Civil Veterinary Department. United Provinces 1912-22 - 1912-1922
Year: 1912
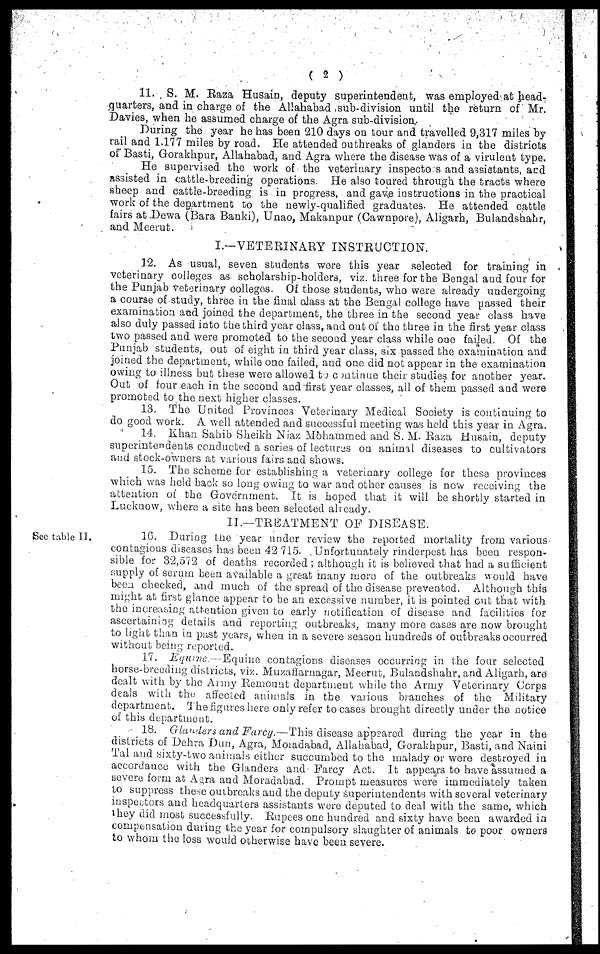
(2)
11. S. M. Baza Husain, deputy superintendent, was employed at head-
quarters, and in charge of the Allahabad sub-division until the return of Mr.
Davies, when he assumed charge of the Agra sub-division.
During the year he has been 210 days on tour and travelled 9,317 miles by
rail and 1,177 miles by road. He attended outbreaks of glanders in the districts
of Basti, Gorakhpur, Allahabad, and Agra where the disease was of a virulent type.
He supervised the work of the veterinary inspecto s and assistants, and
assisted in cattle-breeding operations. He also toured through the tracts where
sheep and cattle-breeding is in progress, and gave instructions in the practical
work of the department to the newly-qualified graduates. He attended cattle
fairs at Dewa (Bara Banki), Unao, Makanpur (Cawnpore), Aligarh, Bulandshahr,
and Meerut.
I.—VETERINARY INSTRUCTION.
12. As usual, seven students were this year selected for training in
veterinary colleges as scholarship-holders, viz. three for the Bengal and four for
the Punjab veterinary colleges. Of those students, who were already undergoing
a course of study, three in the final class at the Bengal college have passed their
examination and joined the department, the three in the second year class have
also duly passed into the third year class, and out of the three in the first year class
two passed and were promoted to the second year class while one failed. Of the
Punjab students, out of eight in third year class, six passed the examination and
joined the department, while one failed, and one did not appear in the examination
owing to illness but these were allowed to continue their studies for another year.
Out of four each in the second and first year classes, ail of them passed and were
promoted to the next higher classes.
13. The United Provinces Veterinary Medical Society is continuing to
do good work. A well attended and successful meeting was held this year in Agra.
14. Khan Sahib Sheikh Niaz Mohammed and S. M. Raza Husain, deputy
superintendents conducted a series of lectures on animal diseases to cultivators
and stock-owners at various fairs and shows.
15. The scheme for establishing a veterinary college for these provinces
which was held back so long owing to war and other causes is now receiving the
attention of the Government. It is hoped that it will be shortly started in
Lucknow, where a site has been selected already.
II.—TREATMENT OF DISEASE.
See table II.
16. During the year under review the reported mortality from various
contagious diseases has been 42.715. Unfortunately rinderpest has been respon-
sible for 32,572 of deaths recorded; although it is believed that had a sufficient
supply of serum been available a great many more of the outbreaks would have
been checked, and much of the spread of the disease prevented. Although this
might at first glance appear to be an excessive number, it is pointed out that with
the increasing attention given to early notification of disease and facilities for
ascertaining details and reporting outbreaks, many more cases are now brought
to light than in past years, when in a severe season hundreds of outbreaks occurred
without being reported.
17. Equine.--Equine
contagions diseases occurring in the four selected
horse-breeding districts, viz. Muzaffarnagar, Meerut, Bulandshahr, and Aligarh, are-
dealt with by the Army Remount department while the Army Veterinary Corps
deals with the affected animals in the various branches of the Military
department, The figures here only refer to cases brought directly under the notice
of this department.
18. Glanders and Farcy.—This disease appeared during the year in the
districts of Dehra Dun, Agra, Moradabad, Allahabad, Gorakhpur, Basti, and Naini
Tal and sixty-two animals either succumbed to the malady or were destroyed in
accordance with the Glanders and Farcy Act. It appears to have assumed a
severe form at Agra and Moradabad. Prompt measures were immediately taken
to suppress these outbreaks and the deputy superintendents with several veterinary
inspectors and headquarters assistants were deputed to deal with the same, which
they did most successfully. Rupees one hundred and sixty have been awarded in
compensation during the year for compulsory slaughter of animals to poor owners
to whom the loss would otherwise have been severe.